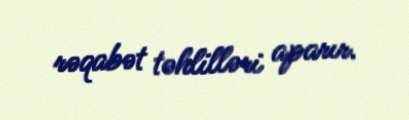
rəqabət təhlilləri aparır.